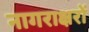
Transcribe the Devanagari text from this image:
नागराक्षरों